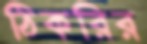
ঠিকরির